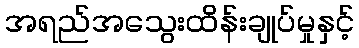
အရည်အသွေးထိန်းချုပ်မှုနှင့်